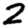
Digit: 2